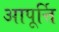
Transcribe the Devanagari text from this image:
आपूर्त्ति